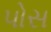
પોસ